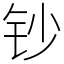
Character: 钞